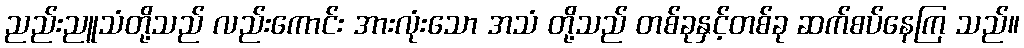
ညည်းညူသံတို့သည် လည်းကောင်း အားလုံးသော အသံ တို့သည် တစ်ခုနှင့်တစ်ခု ဆက်စပ်နေကြ သည်။